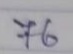
76